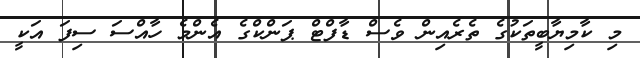
މި ކާމިޔާބީތަކުގެ ތެރެއިން ވެސް ޑާފްޓް ޕަންކްގެ އެންމެ ހާއްސަ ސިފަ އަކީ